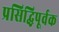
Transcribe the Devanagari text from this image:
प्रसिद्धिपूर्वक